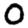
Digit: 0